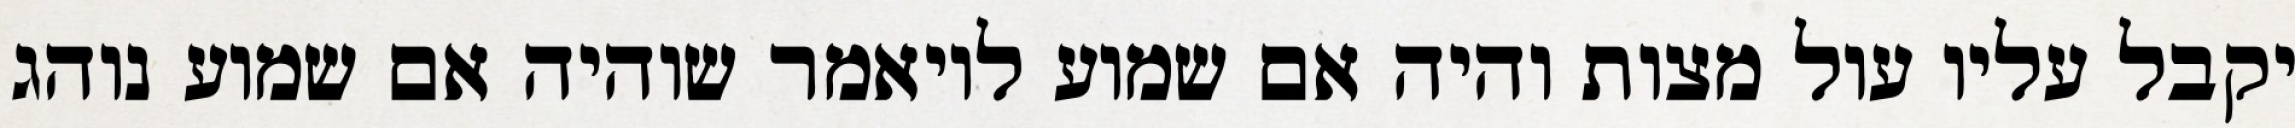
יקבל עליו עול מצות והיה אם שמוע לויאמר שוהיה אם שמוע נוהג